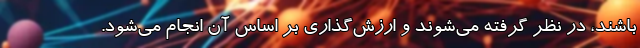
باشند، در نظر گرفته می‌شوند و ارزش‌گذاری بر اساس آن انجام می‌شود.